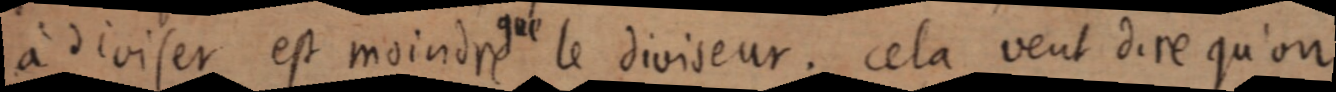
à diviser est moindre que le diviseur ; cela veut dire qu’on